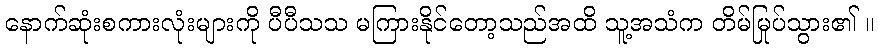
နောက်ဆုံးစကားလုံးများကို ပီပီသသ မကြားနိုင်တော့သည်အထိ သူ့အသံက တိမ်မြုပ်သွား၏ ။